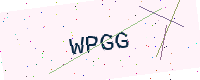
Text: WPGG